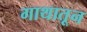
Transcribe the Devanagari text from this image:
गाथातून